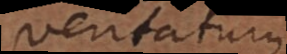
veritatum